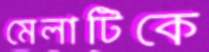
মেলাটিকে